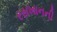
રસખાનની